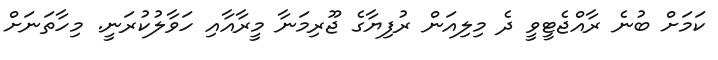
ކަމަށް ބުނެ ރާއްޖެޓީވީ ދެ މިލިއަން ރުފިޔާގެ ޖޫރިމަނާ މީރާއާާއި ހަވާލުކުރަނީ. މިހާތަނަށް